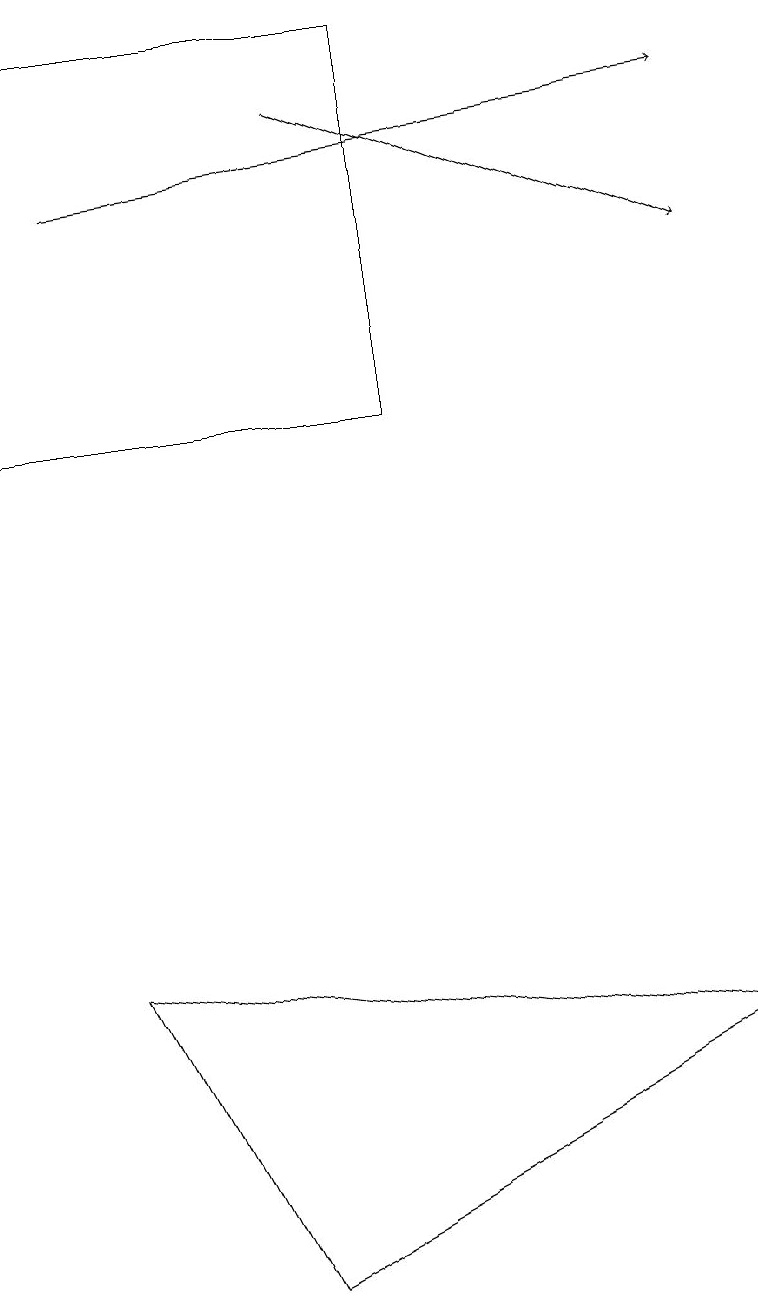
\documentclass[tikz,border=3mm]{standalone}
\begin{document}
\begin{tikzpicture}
\draw[->] (4,15) -- (9,13);
\draw (5,11) rectangle (0,16);
\draw[->] (1,14) -- (9,15);
\draw (3,0) -- (9,3) -- (1,4) -- cycle;
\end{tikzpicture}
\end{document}